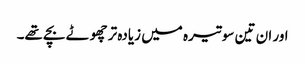
اور ان تین سو تیرہ میں زیادہ تر چھوٹے بچے تھے۔